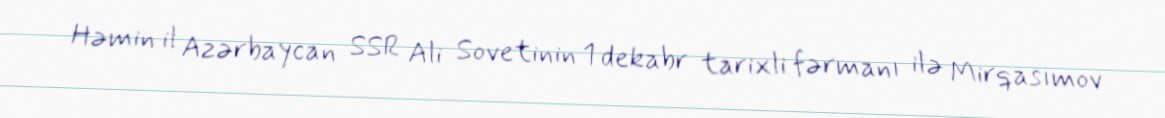
Həmin il Azərbaycan SSR Ali Sovetinin 1 dekabr tarixli fərmanı ilə Mirqasımov